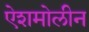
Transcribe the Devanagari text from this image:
ऐशमोलीन